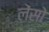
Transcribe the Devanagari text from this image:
लेंसो